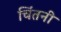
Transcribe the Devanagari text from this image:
चिंतनी